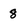
Character: 8